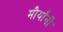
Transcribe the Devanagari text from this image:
मौर्यांनी